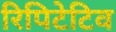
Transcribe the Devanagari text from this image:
रिपिटेटिव